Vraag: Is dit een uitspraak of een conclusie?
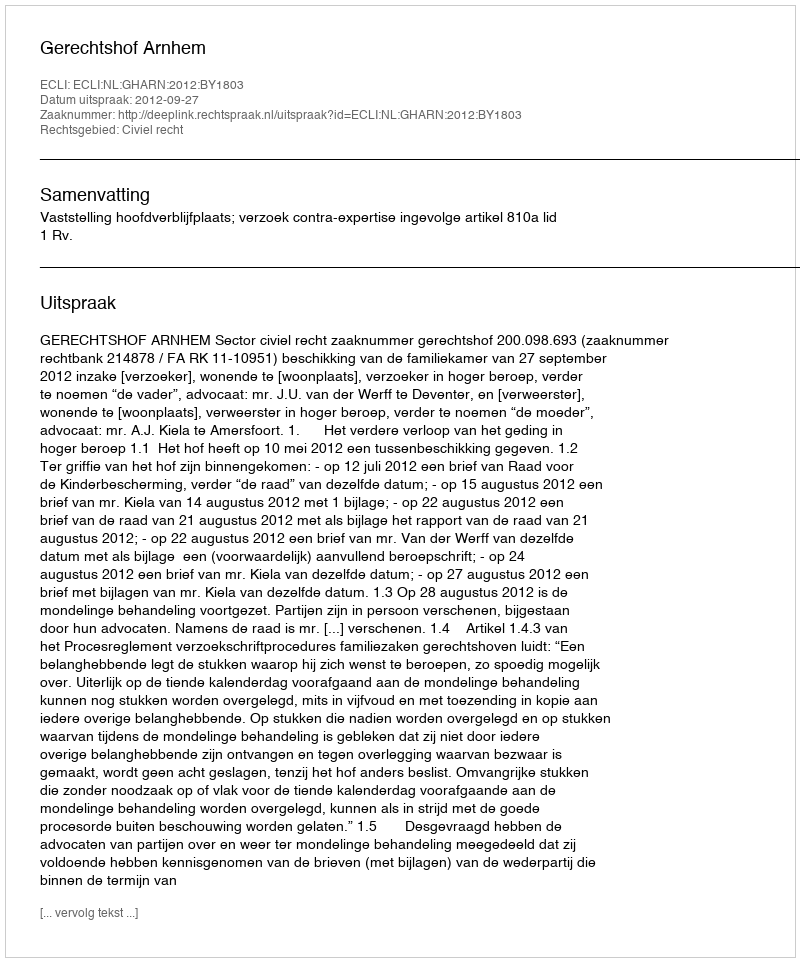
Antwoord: Uitspraak